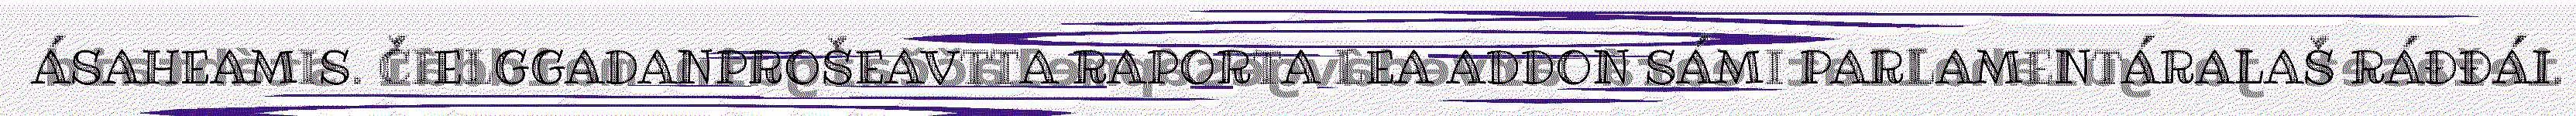
ÁSAHEAMIS. ČIELGGADANPROŠEAVTTA RAPORTA LEA ADDON SÁMI PARLAMENTÁRALAŠ RÁĐĐÁI.